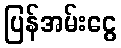
ပြန်အမ်းငွေ